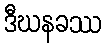
ဒီဃနခဿ